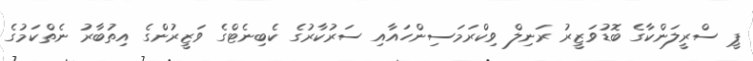
ޕީ ސްރީލަންކާގެ ބޮޑުވަޒީރު ރަނިލް ވިކްރަމަސިންހައާއި ސަރުކާރުގެ ކެބިނެޓްގެ ވަޒީރުންގެ އިތުބާރު ނެތްކަމުގެ